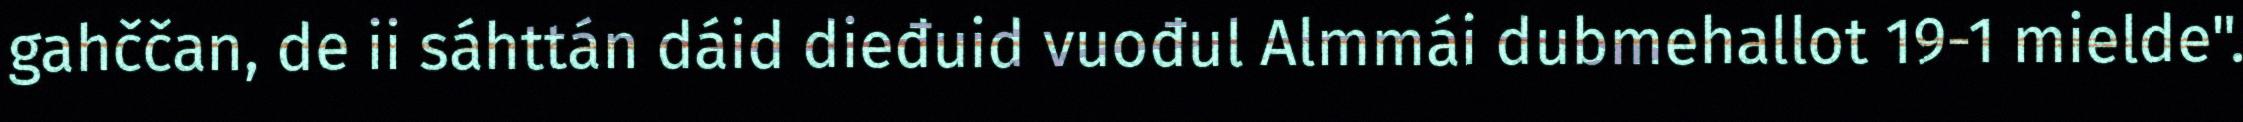
gahččan, de ii sáhttán dáid dieđuid vuođul Almmái dubmehallot 19-1 mielde".